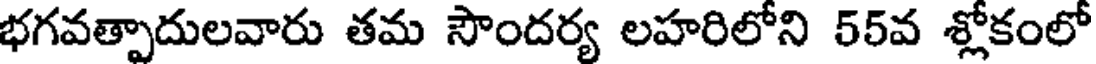
భగవత్పాదులవారు తమ సౌందర్య లహరిలోని 55వ శ్లోకంలో